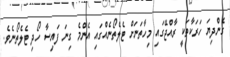
ގެންދިޔަ ހަރަކާތަކީ ރާއްޖޭގައި މިހާތަނަށް ޓެލެތޯނެއްގައި އެންމެ ގިނަ ފައިސާ ހޯދި ޓެލެތޯނެވެ.